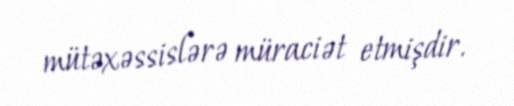
mütəxəssislərə müraciət etmişdir.